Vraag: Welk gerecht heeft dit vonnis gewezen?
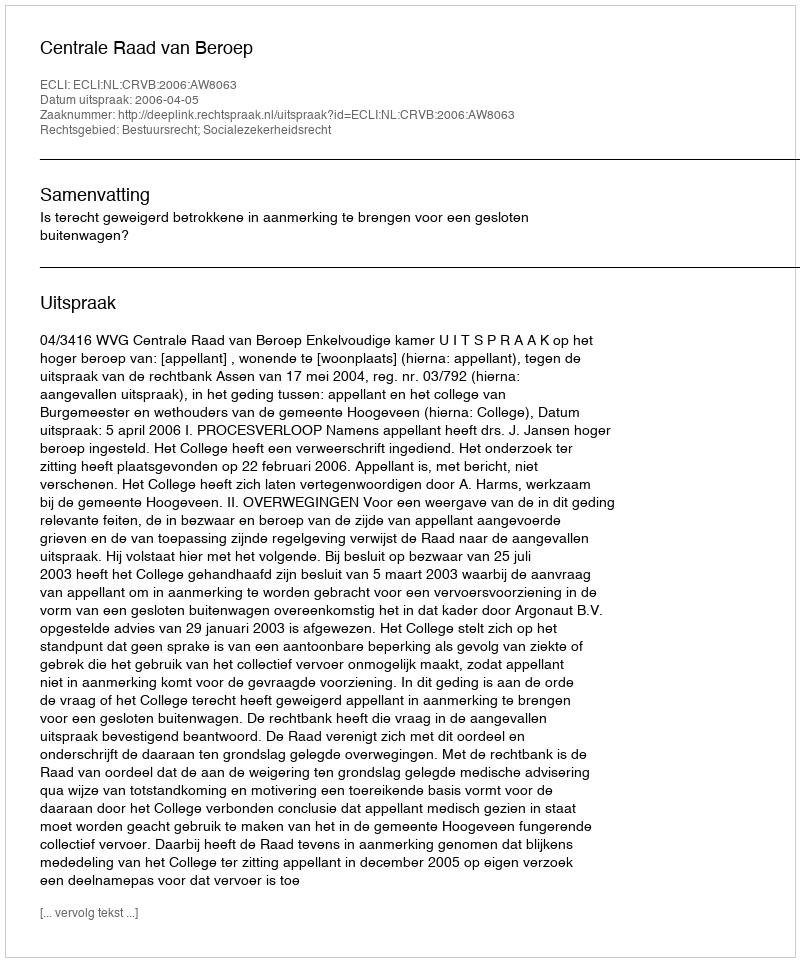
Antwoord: Centrale Raad van Beroep